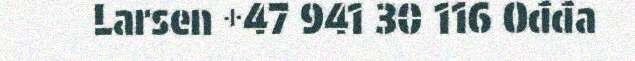
Larsen +47 941 30 116 Ođđa